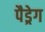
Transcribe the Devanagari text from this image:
पैड्रेग